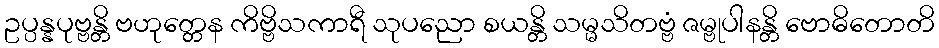
ဥပ္ပန္နပုဗ္ဗန္တိ ဗဟုတ္တေန ကိဗ္ဗိသကာရီ သုပညော စယန္တိ သမ္မသိတဗ္ဗံ ဇမ္ဗုပါနန္တိ ဗောဓိတောတိ